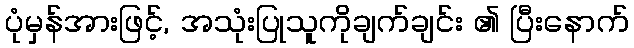
ပုံမှန်အားဖြင့်, အသုံးပြုသူကိုချက်ချင်း ၏ ပြီးနောက်